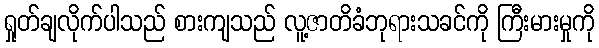
ရှုတ်ချလိုက်ပါသည် စားကျသည် လူ့ဇာတိခံဘုရားသခင်ကို ကြီးမားမှုကို